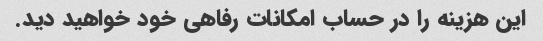
این هزینه را در حساب امکانات رفاهی خود خواهید دید.